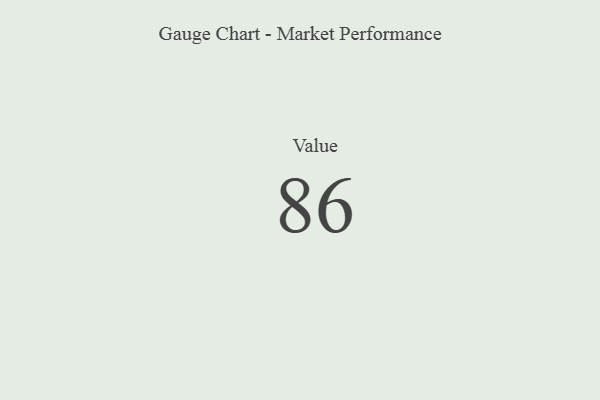
{"axis": {"x": "Metric", "y": "Value"}, "legend": [""], "data": [{"x": "Value", "y": 86, "type": ""}]}